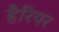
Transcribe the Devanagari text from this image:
हैरियर